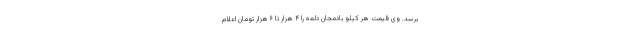
برسد. وی قیمت هر کیلو بادمجان دلمه را ۴ هزار تا ۶ هزار تومان اعلام